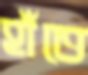
হাঁতে